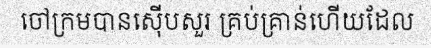
ចៅក្រមបានស៊ើបសួរ គ្រប់គ្រាន់ហើយដែល